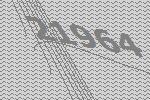
21964